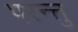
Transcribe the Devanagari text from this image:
परन्त्तु